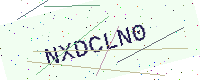
Text: NXDCLN0